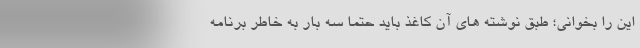
این را بخوانی؛ طبق نوشته های آن کاغذ باید حتما سه بار به خاطر برنامه